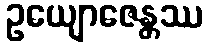
ဥယျောဇေန္တဿ